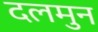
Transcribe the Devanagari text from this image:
दलमुन